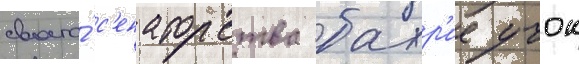
своего́ с'енаторства бахр'ие учок